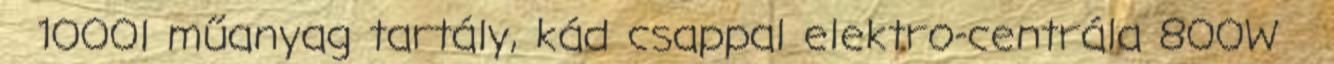
1000l műanyag tartály, kád csappal elektro-centrála 800W